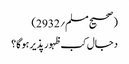
(صحیح مسلم؍2932)
دجال کب ظہور پذیر ہوگا؟